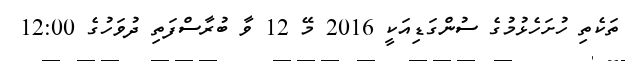
ތަކެތި ހުށަހެޅުމުގެ ސުންގަޑިއަކީ 2016 މޭ 12 ވާ ބުރާސްފަތި ދުވަހުގެ 12:00